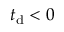
t _ { \mathrm { d } } < 0